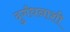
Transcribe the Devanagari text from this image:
दुर्गंधनाशी